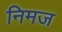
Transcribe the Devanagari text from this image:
निमज